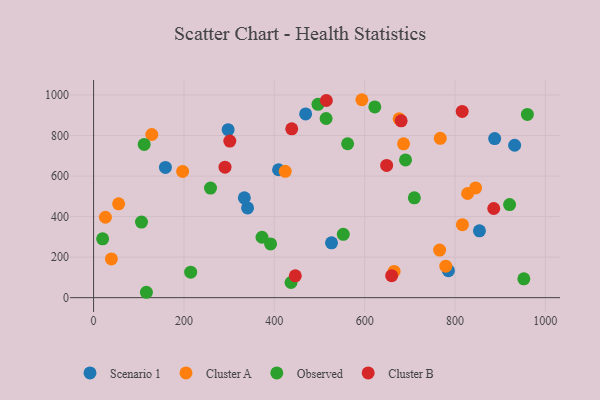
{"axis": {"x": "Ad Spend", "y": "Demand"}, "legend": ["Cluster A", "Cluster B", "Observed", "Scenario 1"], "data": [{"x": "159.0", "y": 642.6, "type": "Scenario 1"}, {"x": "297.8", "y": 828.6, "type": "Scenario 1"}, {"x": "932.0", "y": 751.9, "type": "Scenario 1"}, {"x": "854.1", "y": 329.8, "type": "Scenario 1"}, {"x": "887.8", "y": 784.9, "type": "Scenario 1"}, {"x": "340.8", "y": 442.9, "type": "Scenario 1"}, {"x": "526.7", "y": 270.4, "type": "Scenario 1"}, {"x": "409.4", "y": 631.0, "type": "Scenario 1"}, {"x": "333.7", "y": 492.5, "type": "Scenario 1"}, {"x": "785.4", "y": 133.3, "type": "Scenario 1"}, {"x": "469.4", "y": 906.3, "type": "Scenario 1"}, {"x": "197.1", "y": 622.9, "type": "Cluster A"}, {"x": "686.1", "y": 759.2, "type": "Cluster A"}, {"x": "665.2", "y": 129.5, "type": "Cluster A"}, {"x": "827.9", "y": 513.8, "type": "Cluster A"}, {"x": "26.2", "y": 396.8, "type": "Cluster A"}, {"x": "816.4", "y": 359.9, "type": "Cluster A"}, {"x": "845.6", "y": 541.2, "type": "Cluster A"}, {"x": "593.9", "y": 976.6, "type": "Cluster A"}, {"x": "766.0", "y": 234.8, "type": "Cluster A"}, {"x": "767.4", "y": 786.2, "type": "Cluster A"}, {"x": "424.2", "y": 623.4, "type": "Cluster A"}, {"x": "128.8", "y": 805.0, "type": "Cluster A"}, {"x": "55.4", "y": 463.1, "type": "Cluster A"}, {"x": "779.6", "y": 155.5, "type": "Cluster A"}, {"x": "39.4", "y": 190.9, "type": "Cluster A"}, {"x": "676.4", "y": 882.2, "type": "Cluster A"}, {"x": "372.8", "y": 298.1, "type": "Observed"}, {"x": "562.3", "y": 759.3, "type": "Observed"}, {"x": "690.5", "y": 679.8, "type": "Observed"}, {"x": "258.8", "y": 540.7, "type": "Observed"}, {"x": "106.0", "y": 373.1, "type": "Observed"}, {"x": "960.2", "y": 903.9, "type": "Observed"}, {"x": "214.9", "y": 125.9, "type": "Observed"}, {"x": "622.5", "y": 941.3, "type": "Observed"}, {"x": "552.7", "y": 312.2, "type": "Observed"}, {"x": "116.9", "y": 26.5, "type": "Observed"}, {"x": "437.0", "y": 74.7, "type": "Observed"}, {"x": "391.8", "y": 265.0, "type": "Observed"}, {"x": "952.4", "y": 92.9, "type": "Observed"}, {"x": "710.0", "y": 492.5, "type": "Observed"}, {"x": "920.8", "y": 459.2, "type": "Observed"}, {"x": "112.0", "y": 755.8, "type": "Observed"}, {"x": "514.7", "y": 883.9, "type": "Observed"}, {"x": "496.7", "y": 953.7, "type": "Observed"}, {"x": "20.0", "y": 290.3, "type": "Observed"}, {"x": "515.2", "y": 972.7, "type": "Cluster B"}, {"x": "446.5", "y": 107.6, "type": "Cluster B"}, {"x": "648.7", "y": 652.4, "type": "Cluster B"}, {"x": "438.6", "y": 832.9, "type": "Cluster B"}, {"x": "680.8", "y": 872.5, "type": "Cluster B"}, {"x": "885.8", "y": 439.9, "type": "Cluster B"}, {"x": "659.8", "y": 108.4, "type": "Cluster B"}, {"x": "815.9", "y": 918.7, "type": "Cluster B"}, {"x": "301.5", "y": 772.5, "type": "Cluster B"}, {"x": "290.9", "y": 643.7, "type": "Cluster B"}]}